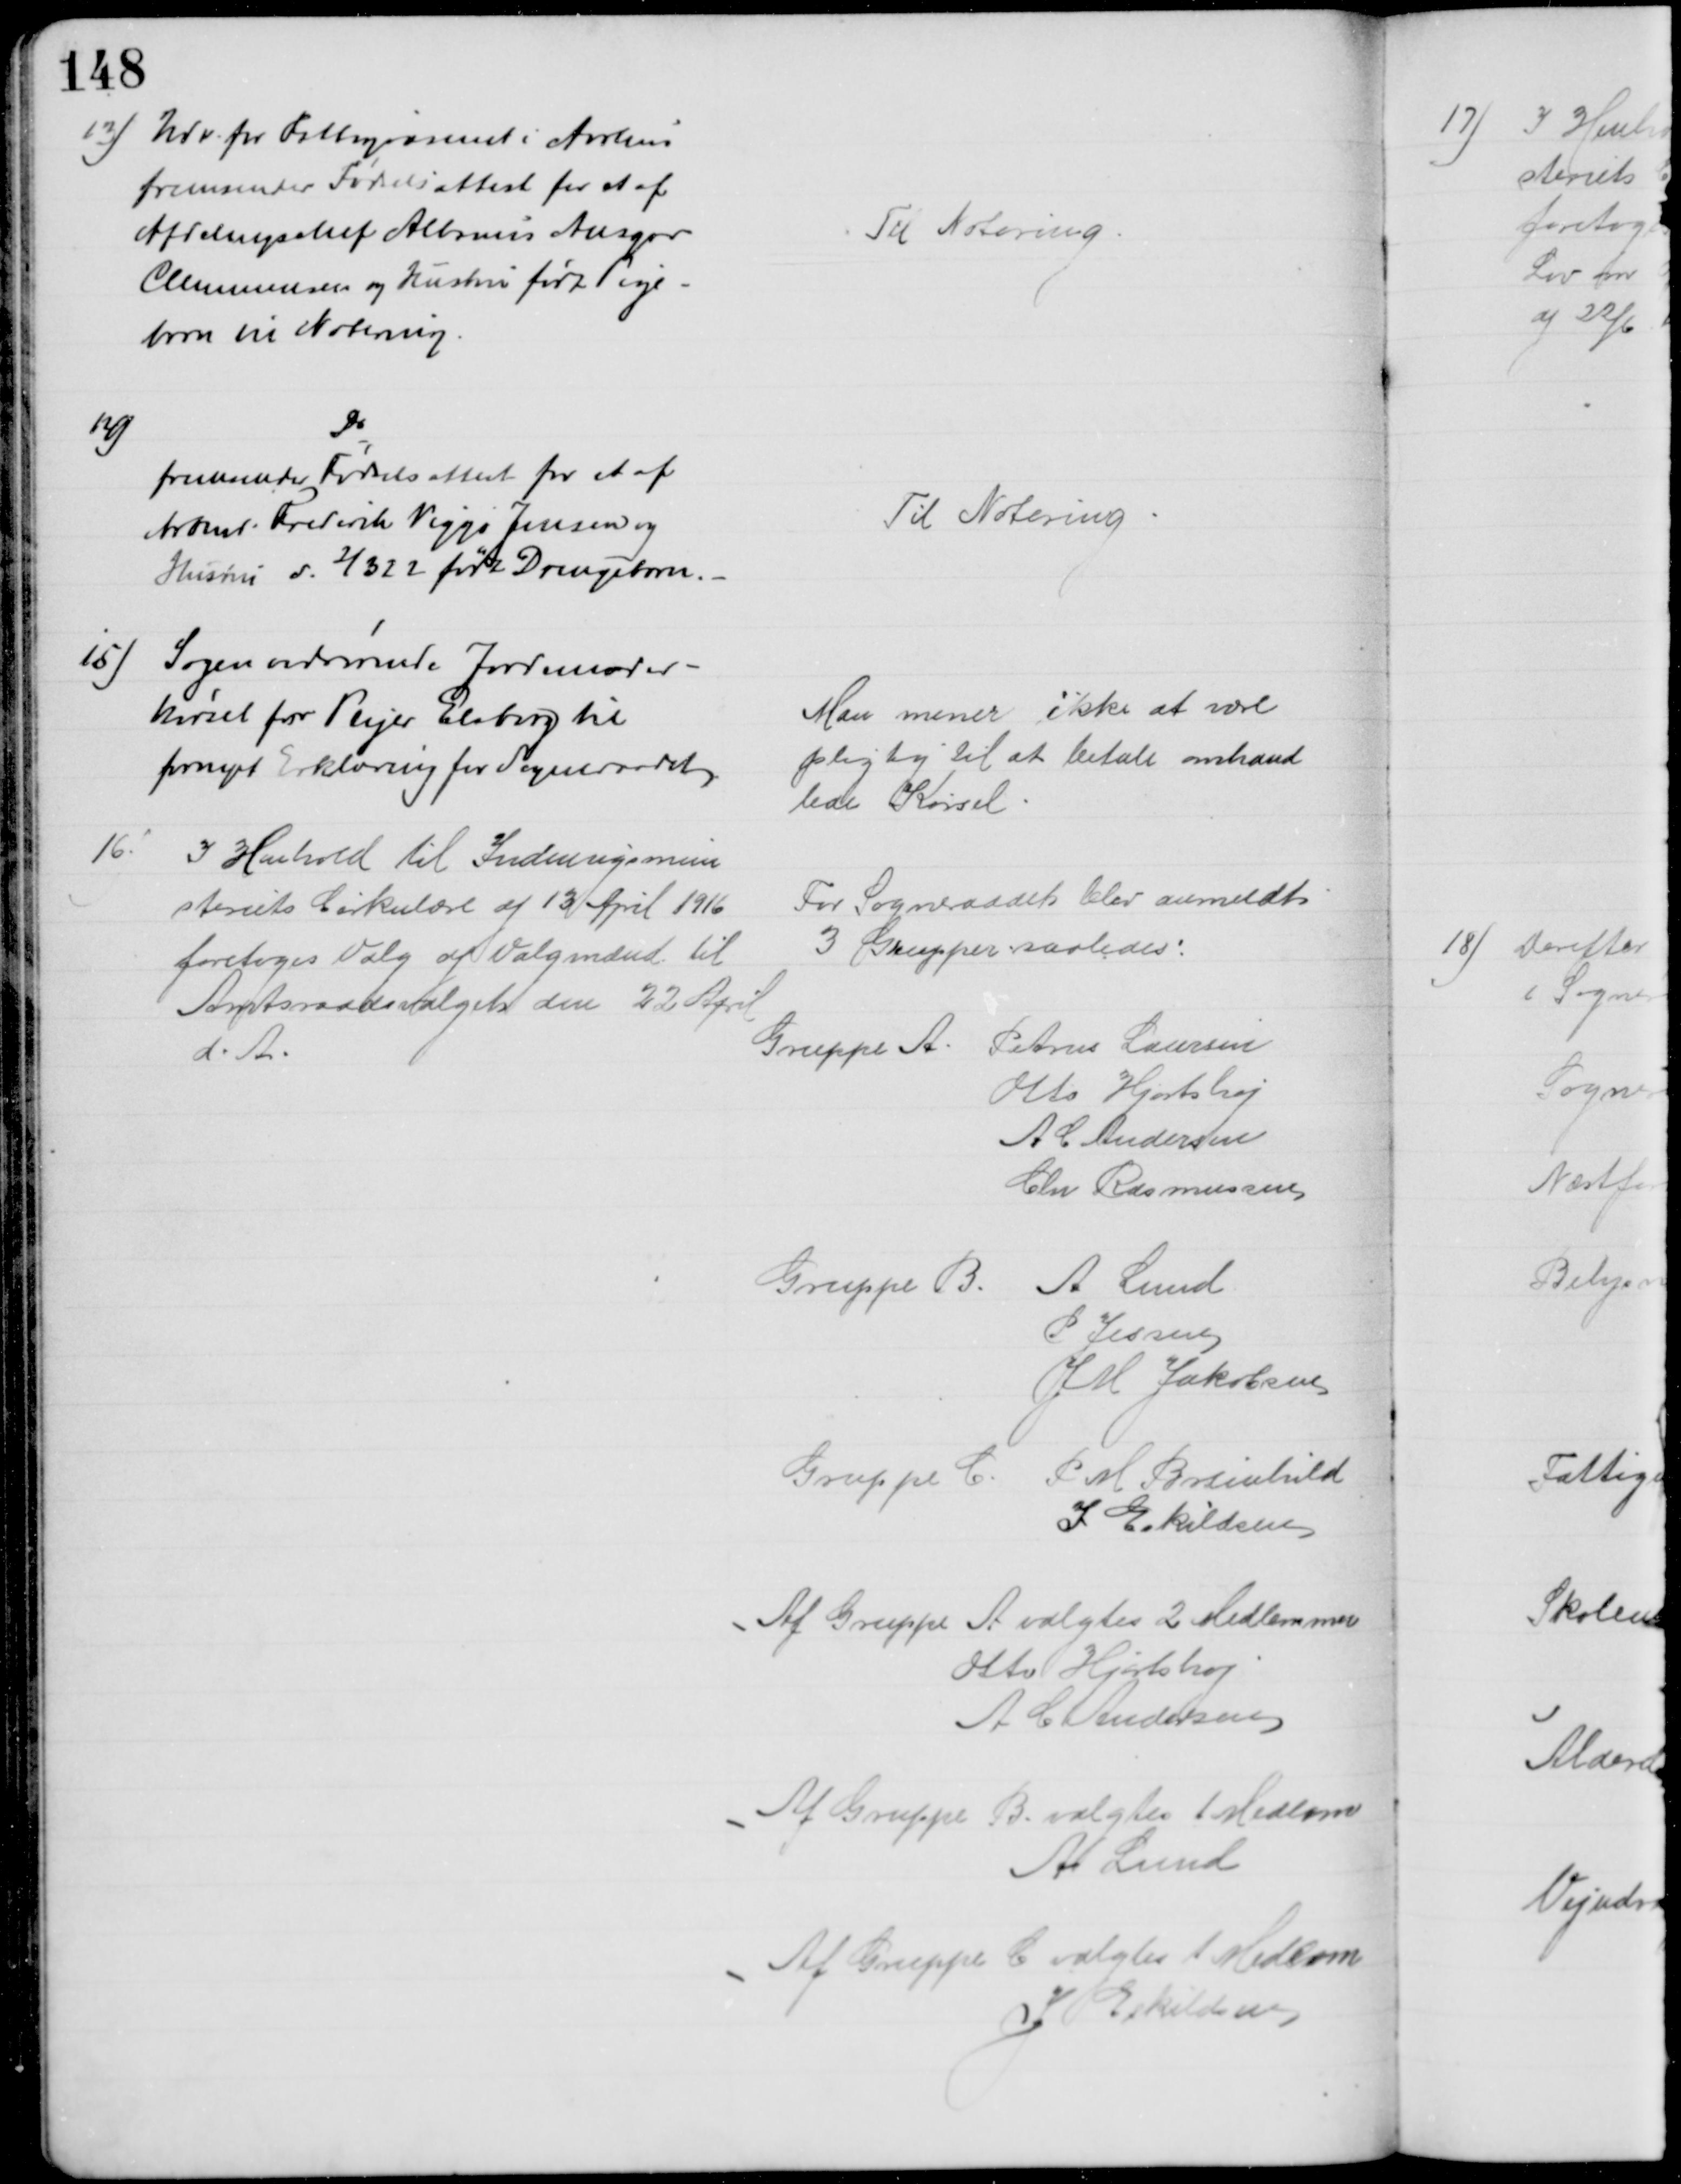
Transskription:
13) Udv. for Fattigvæsenet i Aarhus
fremsender Fødselsattest for at af
Afdelingschef Albinus Ansgar
Clemmensen og Hustru født Pige-
barn en Notering
Til Notering.
14)
Do
fremsender Fødselsattest for et af
Arbmd. Frederik Viggo Jensen og
Hustru d. 2/3 22 født Drengebarn.
Til Notering
15) Sagen vedrørende Jordemoder-
kørsel for Plejer Elsborg til
fornyet Erklæring for Sogneraadet
Man mener ikke at være
pligtig til at betale omhand
lede Kørsel
16)
I Henhold til Indenrigsmini
steriets Cirkulære af 13 April 1916
foretoges Valg af Valgmænd til
Amtsraadsvalget den 22 April
d. A.
For Sogneraadet blev anmeldt
3 Grupper saaledes:
Gruppe A.
Petrus Laursen
Otto Hjortshøj
A C Andersen
Chr Rasmussen
Gruppe B.
A Lund
P Jessen
J M Jakobsen
Gruppe C. P M Breinhild
I Eskildsen
Af Gruppe A valgtes 2 Medlemmer
Otto Hjortshøj
A C Andersen
Af Gruppe B. valgtes 1 Medlem
A Lund
Af Gruppe E valgtes 1 Medlem
J Eskildsen